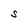
Character: S